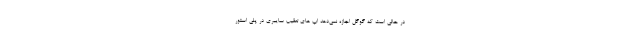
در حالی است که گوگل اجازه نمی‌دهد اپ های تعقیب سایبری در پلی استور